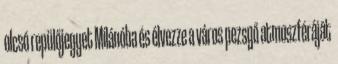
olcsó repülőjegyet Milánóba és élvezze a város pezsgő atmoszféráját